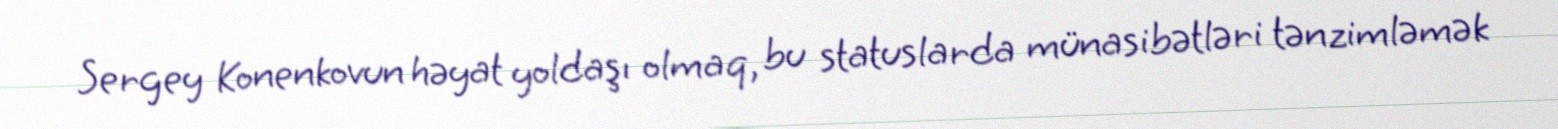
Sergey Konenkovun həyat yoldaşı olmaq, bu statuslarda münasibətləri tənzimləmək